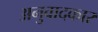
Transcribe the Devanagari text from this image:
अनुवादकार